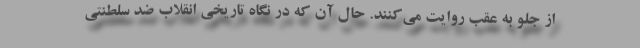
از جلو به عقب روایت می‌کنند. حال آن که در نگاه تاریخی انقلاب ضد سلطنتی